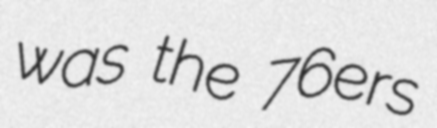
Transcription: was the 76ers